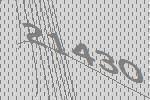
21430